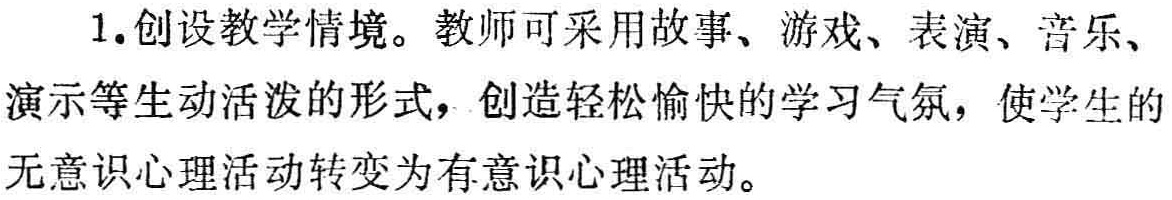
1.创设教学情境。教师可采用故事、游戏、表演、音乐、演示等生动活泼的形式，创造轻松愉快的学习气氛，使学生的无意识心理活动转变为有意识心理活动。